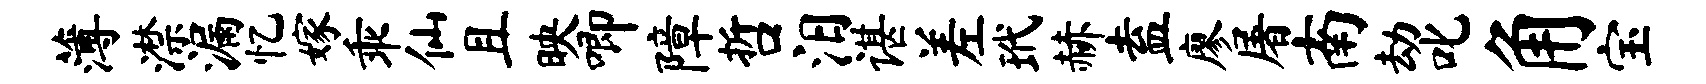
薄潸漏忆嫁乖仙且映唧障哲汨谌差玳赫盍廖屠南劫叱角宝